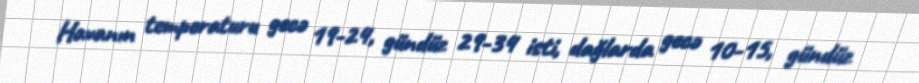
Havanın temperaturu gecə 19-24, gündüz 29-34 isti, dağlarda gecə 10-15, gündüz